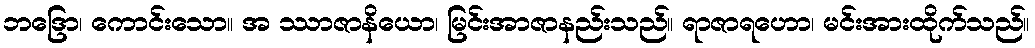
ဘဒြော၊ ကောင်းသော။ အ ဿာဇာနိယော၊ မြင်းအာဇာနည်းသည်။ ရာဇာရဟော၊ မင်းအားထိုက်သည်။